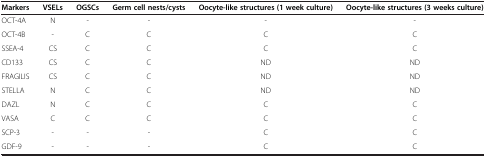
<table><thead><tr><td><b>Markers</b></td><td><b>VSELs</b></td><td><b>OGSCs</b></td><td><b>Germ cell nests/cysts</b></td><td><b>Oocyte-like structures (1 week culture)</b></td><td><b>Oocyte-like structures (3 weeks culture)</b></td></tr></thead><tbody><tr><td>OCT-4A</td><td>N</td><td>-</td><td>-</td><td>-</td><td>-</td></tr><tr><td>OCT-4B</td><td>-</td><td>C</td><td>C</td><td>C</td><td>C</td></tr><tr><td>SSEA-4</td><td>CS</td><td>C</td><td>C</td><td>C</td><td>C</td></tr><tr><td>CD133</td><td>CS</td><td>C</td><td>C</td><td>ND</td><td>ND</td></tr><tr><td>FRAGILIS</td><td>CS</td><td>C</td><td>C</td><td>ND</td><td>ND</td></tr><tr><td>STELLA</td><td>N</td><td>C</td><td>C</td><td>ND</td><td>ND</td></tr><tr><td>DAZL</td><td>N</td><td>C</td><td>C</td><td>C</td><td>C</td></tr><tr><td>VASA</td><td>C</td><td>C</td><td>C</td><td>C</td><td>C</td></tr><tr><td>SCP-3</td><td>-</td><td>-</td><td>-</td><td>C</td><td>C</td></tr><tr><td>GDF-9</td><td>-</td><td>-</td><td>-</td><td>C</td><td>C</td></tr></tbody></table>